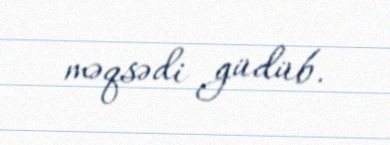
məqsədi güdüb.